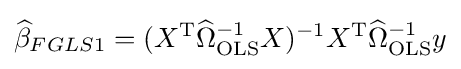
{\widehat {\beta }}_{FGLS1}=(X^{\operatorname {T} }{\widehat {\Omega }}_{\text{OLS}}^{-1}X)^{-1}X^{\operatorname {T} }{\widehat {\Omega }}_{\text{OLS}}^{-1}y